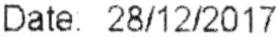
DATE: 28/12/2017